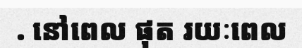
. នៅពេល ផុត រយៈពេល